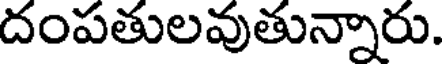
దంపతులవుతున్నారు.